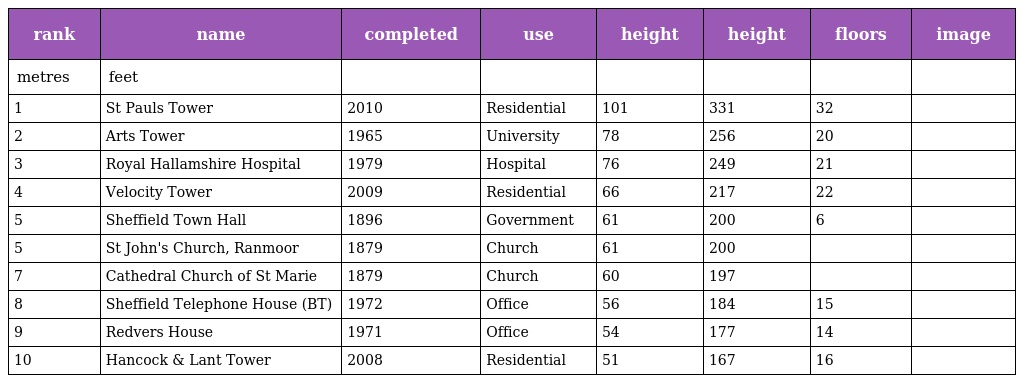
| rank | name | completed | use | height | height | floors | image |
 | --- | --- | --- | --- | --- | --- | --- | --- |
 | metres | feet |  |  |  |  |  |  |
 | 1 | St Pauls Tower | 2010 | Residential | 101 | 331 | 32 |  |
 | 2 | Arts Tower | 1965 | University | 78 | 256 | 20 |  |
 | 3 | Royal Hallamshire Hospital | 1979 | Hospital | 76 | 249 | 21 |  |
 | 4 | Velocity Tower | 2009 | Residential | 66 | 217 | 22 |  |
 | 5 | Sheffield Town Hall | 1896 | Government | 61 | 200 | 6 |  |
 | 5 | St John's Church, Ranmoor | 1879 | Church | 61 | 200 |  |  |
 | 7 | Cathedral Church of St Marie | 1879 | Church | 60 | 197 |  |  |
 | 8 | Sheffield Telephone House (BT) | 1972 | Office | 56 | 184 | 15 |  |
 | 9 | Redvers House | 1971 | Office | 54 | 177 | 14 |  |
 | 10 | Hancock & Lant Tower | 2008 | Residential | 51 | 167 | 16 |  |